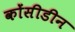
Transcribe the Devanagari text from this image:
कोंसीडीन